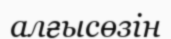
алғысөзін